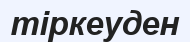
тіркеуден